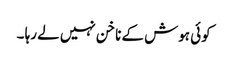
کوئی ہوش کے ناخن نہیں لے رہا ۔